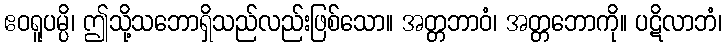
ဧဝရူပမ္ပိ၊ ဤသို့သဘောရှိသည်လည်းဖြစ်သော။ အတ္တဘာဝံ၊ အတ္တဘောကို။ ပဋိလာဘံ၊